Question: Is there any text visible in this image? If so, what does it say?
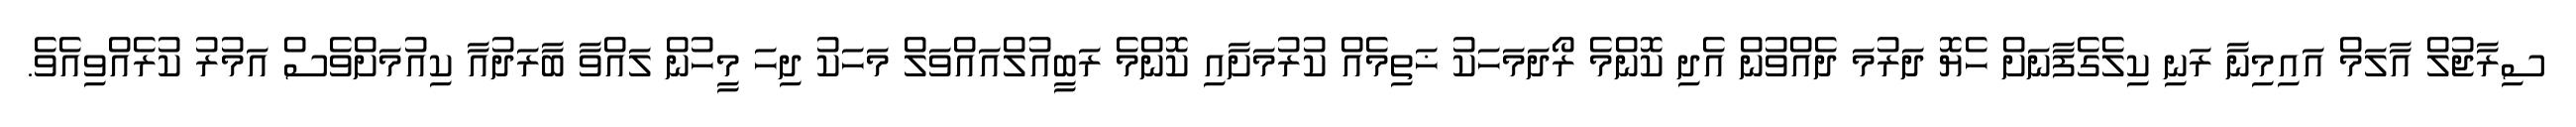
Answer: ސިރާޖުލް އާލަމް އައިމިނާ ރަނި ކިލެގެފާނަށް ހެޔޮ ދަރުމަ ދެއްވުން އެދި ކޮންމެ ރޯދަމަހަކު ޚަތިމެއް ކުރުމަށާއި ކޮންމެ ރަބީއުލްއައްވަލް މަހަކު ދިހަ މީހުން ލައްވާ ބާރަދުއާ ކިއުމަށްވެސް އަމުރު ކުރެއްވިއެވެ.